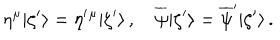
LaTeX: \eta ^ { \mu } | \zeta ^ { \prime } \rangle = \eta ^ { \prime } { } ^ { \mu } | \zeta ^ { \prime } \rangle \, , \quad \overline { { { \psi } } } | \zeta ^ { \prime } \rangle = \overline { { { \psi } } } ^ { \prime } | \zeta ^ { \prime } \rangle \, .